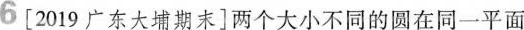
6 [2019广东大埔期末]两个大小不同的圆在同一平面